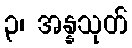
၃၊ အန္နသုတ်